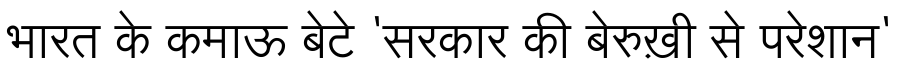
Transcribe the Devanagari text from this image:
भारत के कमाऊ बेटे 'सरकार की बेरुख़ी से परेशान'